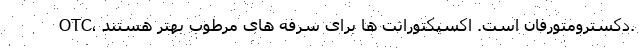
OTC، دکسترومتورفان است. اکسپکتورانت ها برای سرفه های مرطوب بهتر هستند.